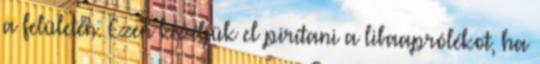
a felületén. Ezen kezdjük el pirítani a libaaprólékot, ha